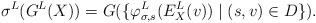
\begin{align*}\sigma^L(G^L(X)) = G(\{\varphi^L_{\sigma, s}(E^L_X(v)) \mid (s, v) \in D\}).\end{align*}